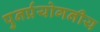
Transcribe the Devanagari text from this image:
पुनर्प्रयोगनीय